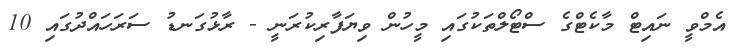
އެމްވީ ނައިޓް މާކެޓްގެ ސްޓޯލްތަކުގައި މީހުން ވިޔަފާރިކުރަނީ - ރާޅުގަނޑު ސަރަހައްދުގައި 10